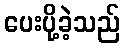
ပေးပို့ခဲ့သည်